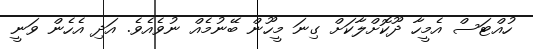
ހުއްޓަސް އެމީހާ ދޫކޮށްލާކަށް ގިނަ މީހޫން ބޭނުމެއް ނުވެއެވެ. އަދި އެހެން ވަނީ